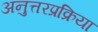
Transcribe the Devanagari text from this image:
अनुत्तरप्रक्रिया